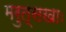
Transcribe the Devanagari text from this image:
मरुत्सखाः